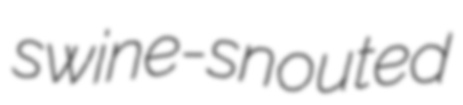
swine-snouted